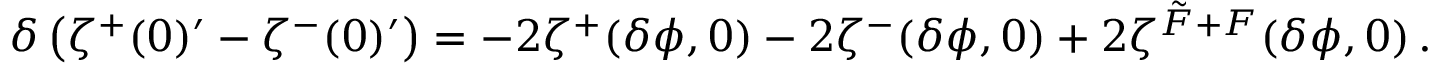
\delta \left( \zeta ^ { + } ( 0 ) ^ { \prime } - \zeta ^ { - } ( 0 ) ^ { \prime } \right) = - 2 \zeta ^ { + } ( \delta \phi , 0 ) - 2 \zeta ^ { - } ( \delta \phi , 0 ) + 2 \zeta ^ { \tilde { F } + F } ( \delta \phi , 0 ) \, .